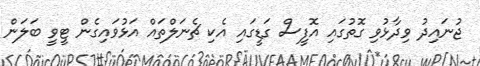
ޖުނައިދު ވިދާޅުވި ގޮތުގައި އޮފީސް ގަޑީގައި އެކި ޗެނަލްތައް އަޅުވައިގެން ޓީވީ ބަލަން